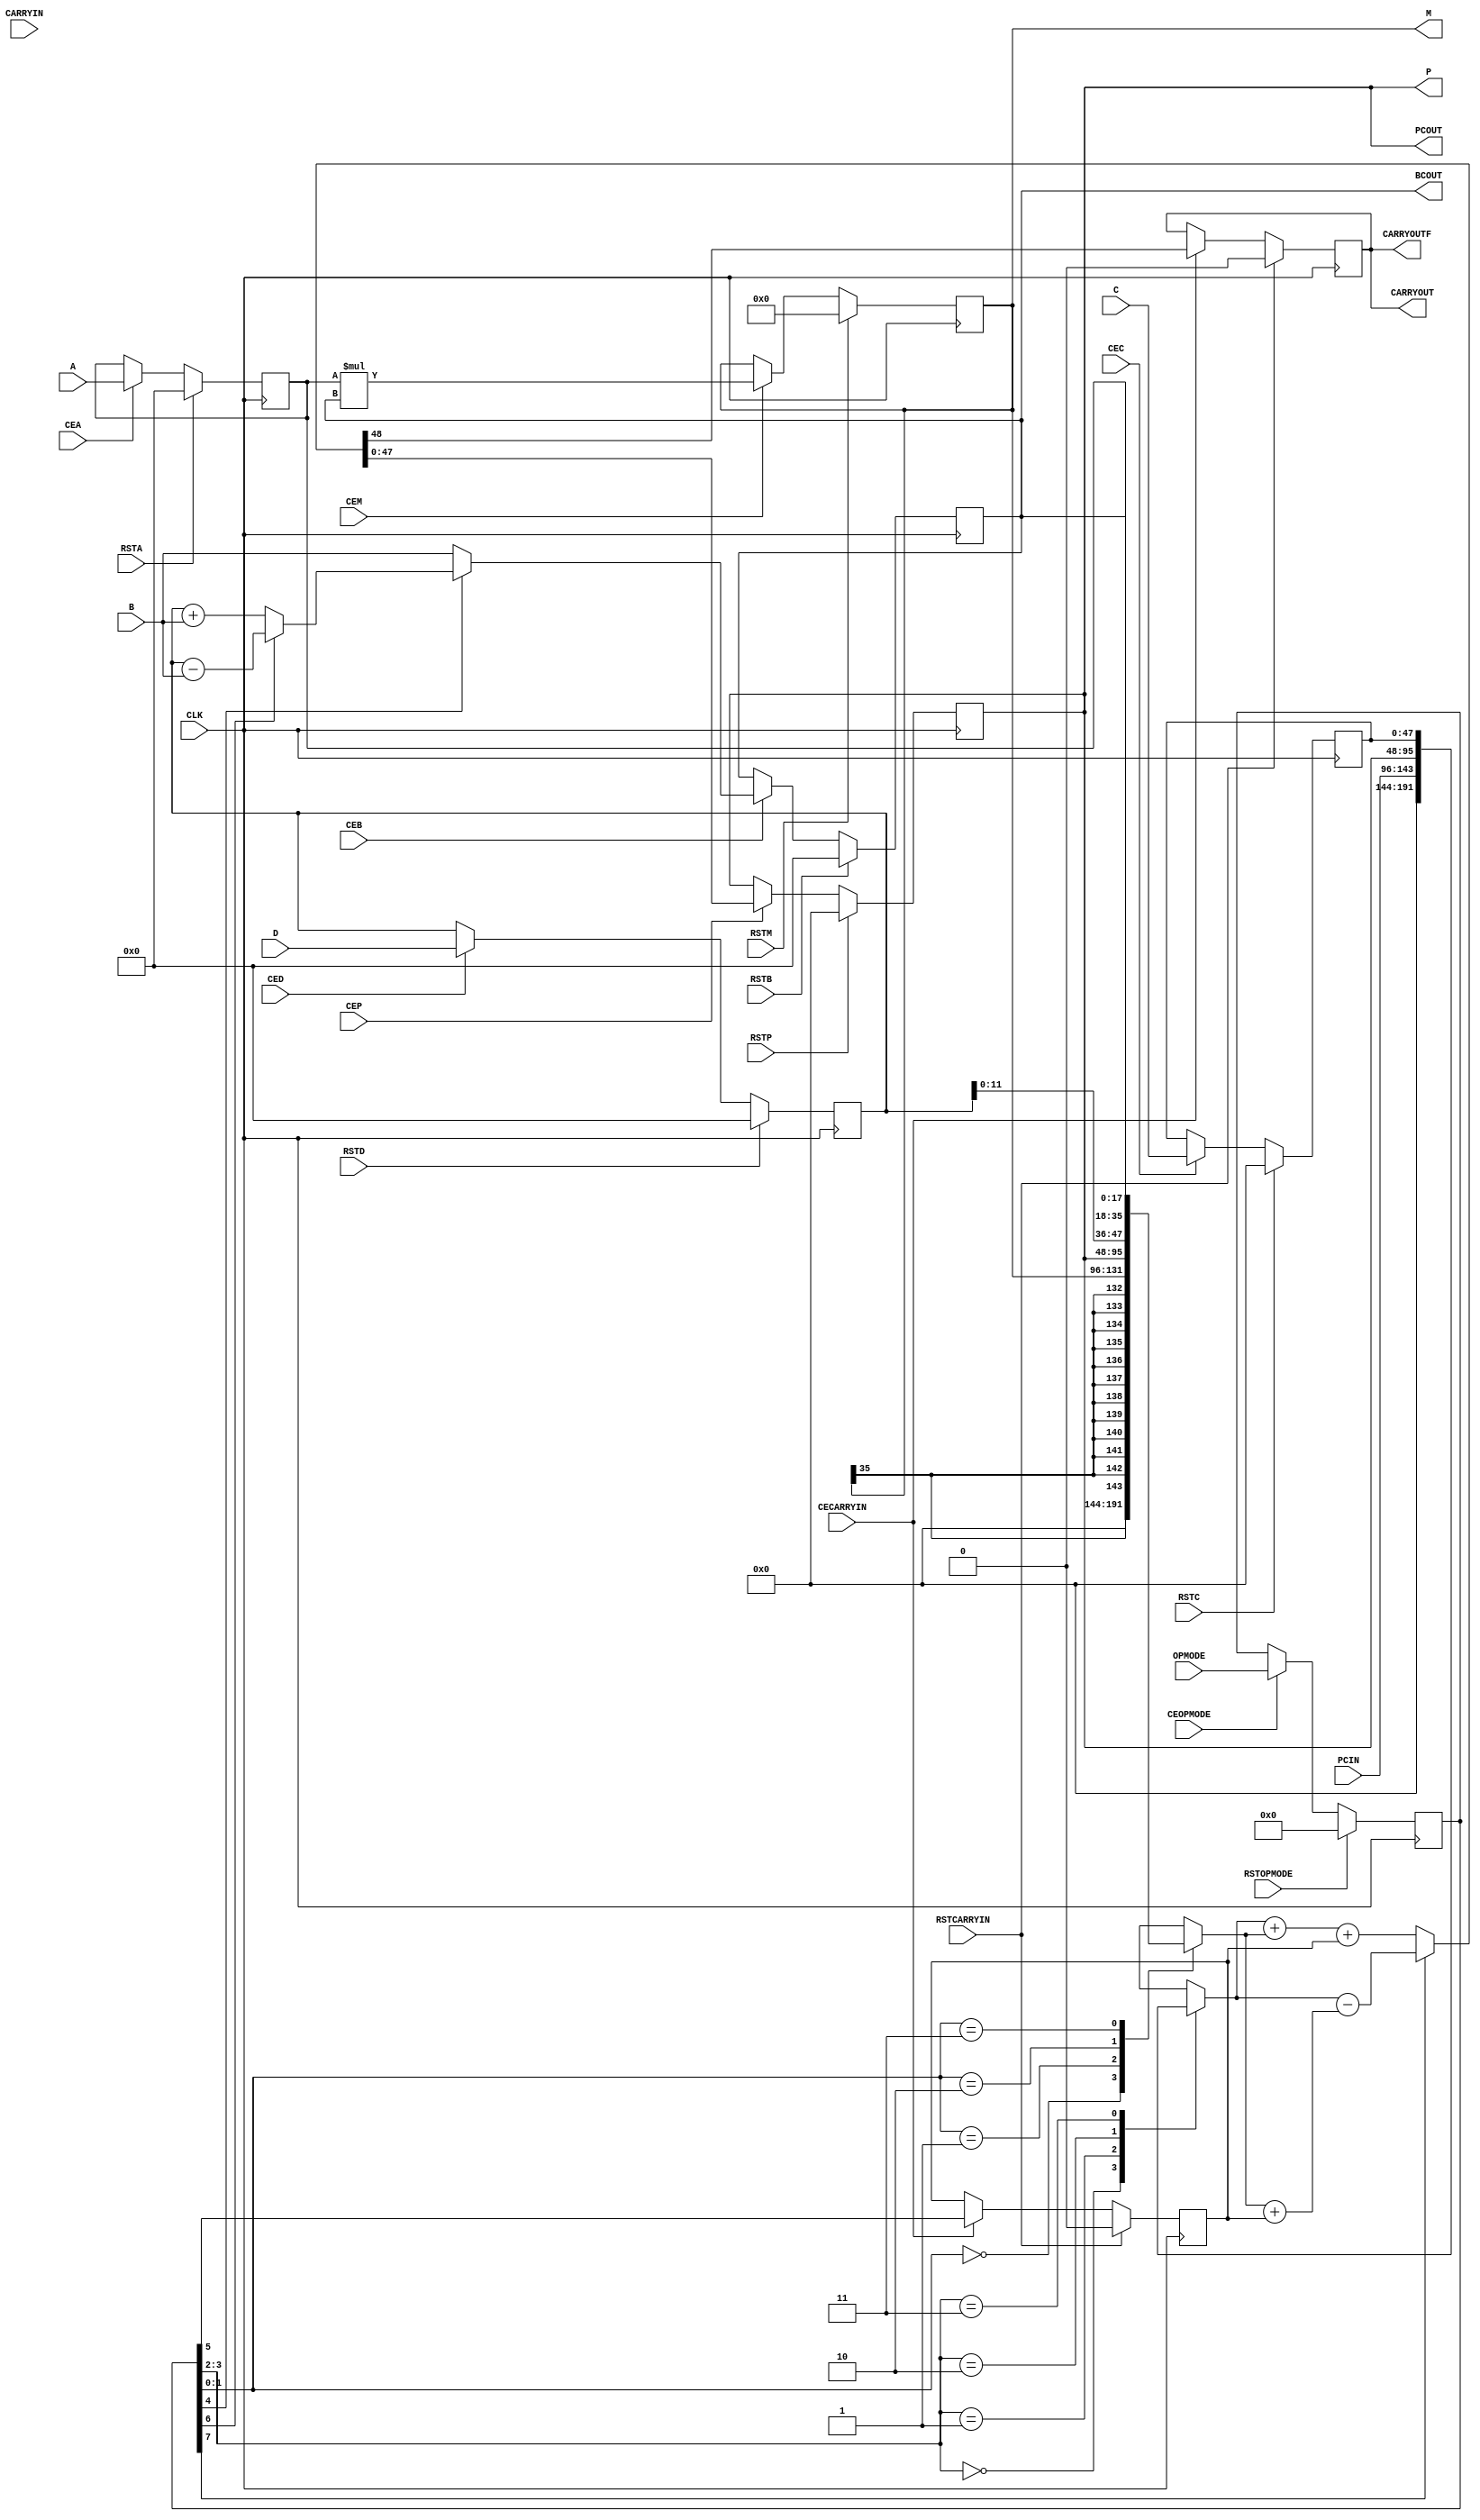
module DSP48A1 (
    input signed [17:0] A,
    input signed [17:0] B,
    input signed [47:0] C,
    input signed [17:0] D,
    input signed [47:0] PCIN,
    input CARRYIN,
    input [7:0] OPMODE,
    output signed [35:0] M,
    output signed [47:0] P,
    output signed [17:0] BCOUT,
    output signed [47:0] PCOUT,
    output CARRYOUT,
    output CARRYOUTF,
    (* clkbuf_sink *)
    input CLK,
    input CEA,
    input CEB,
    input CEC,
    input CED,
    input CEM,
    input CECARRYIN,
    input CEOPMODE,
    input CEP,
    input RSTA,
    input RSTB,
    input RSTC,
    input RSTD,
    input RSTM,
    input RSTCARRYIN,
    input RSTOPMODE,
    input RSTP
);
parameter integer A0REG = 0;
parameter integer A1REG = 1;
parameter integer B0REG = 0;
parameter integer B1REG = 1;
parameter integer CREG = 1;
parameter integer DREG = 1;
parameter integer MREG = 1;
parameter integer CARRYINREG = 1;
parameter integer CARRYOUTREG = 1;
parameter integer OPMODEREG = 1;
parameter integer PREG = 1;
parameter CARRYINSEL = "OPMODE5";
parameter RSTTYPE = "SYNC";
wire signed [35:0] M_MULT;
wire signed [47:0] P_IN;
wire signed [17:0] A0_OUT;
wire signed [17:0] B0_OUT;
wire signed [17:0] A1_OUT;
wire signed [17:0] B1_OUT;
wire signed [17:0] B1_IN;
wire signed [47:0] C_OUT;
wire signed [17:0] D_OUT;
wire signed [7:0] OPMODE_OUT;
wire CARRYIN_OUT;
wire CARRYOUT_IN;
wire CARRYIN_IN;
reg signed [47:0] XMUX;
reg signed [47:0] ZMUX;
// The registers.
reg signed [17:0] A0_REG;
reg signed [17:0] A1_REG;
reg signed [17:0] B0_REG;
reg signed [17:0] B1_REG;
reg signed [47:0] C_REG;
reg signed [17:0] D_REG;
reg signed [35:0] M_REG;
reg signed [47:0] P_REG;
reg [7:0] OPMODE_REG;
reg CARRYIN_REG;
reg CARRYOUT_REG;
initial begin
	A0_REG = 0;
	A1_REG = 0;
	B0_REG = 0;
	B1_REG = 0;
	C_REG = 0;
	D_REG = 0;
	M_REG = 0;
	P_REG = 0;
	OPMODE_REG = 0;
	CARRYIN_REG = 0;
	CARRYOUT_REG = 0;
end
generate
if (RSTTYPE == "SYNC") begin
	always @(posedge CLK) begin
		if (RSTA) begin
			A0_REG <= 0;
			A1_REG <= 0;
		end else if (CEA) begin
			A0_REG <= A;
			A1_REG <= A0_OUT;
		end
	end
	always @(posedge CLK) begin
		if (RSTB) begin
			B0_REG <= 0;
			B1_REG <= 0;
		end else if (CEB) begin
			B0_REG <= B;
			B1_REG <= B1_IN;
		end
	end
	always @(posedge CLK) begin
		if (RSTC) begin
			C_REG <= 0;
		end else if (CEC) begin
			C_REG <= C;
		end
	end
	always @(posedge CLK) begin
		if (RSTD) begin
			D_REG <= 0;
		end else if (CED) begin
			D_REG <= D;
		end
	end
	always @(posedge CLK) begin
		if (RSTM) begin
			M_REG <= 0;
		end else if (CEM) begin
			M_REG <= M_MULT;
		end
	end
	always @(posedge CLK) begin
		if (RSTP) begin
			P_REG <= 0;
		end else if (CEP) begin
			P_REG <= P_IN;
		end
	end
	always @(posedge CLK) begin
		if (RSTOPMODE) begin
			OPMODE_REG <= 0;
		end else if (CEOPMODE) begin
			OPMODE_REG <= OPMODE;
		end
	end
	always @(posedge CLK) begin
		if (RSTCARRYIN) begin
			CARRYIN_REG <= 0;
			CARRYOUT_REG <= 0;
		end else if (CECARRYIN) begin
			CARRYIN_REG <= CARRYIN_IN;
			CARRYOUT_REG <= CARRYOUT_IN;
		end
	end
end else begin
	always @(posedge CLK, posedge RSTA) begin
		if (RSTA) begin
			A0_REG <= 0;
			A1_REG <= 0;
		end else if (CEA) begin
			A0_REG <= A;
			A1_REG <= A0_OUT;
		end
	end
	always @(posedge CLK, posedge RSTB) begin
		if (RSTB) begin
			B0_REG <= 0;
			B1_REG <= 0;
		end else if (CEB) begin
			B0_REG <= B;
			B1_REG <= B1_IN;
		end
	end
	always @(posedge CLK, posedge RSTC) begin
		if (RSTC) begin
			C_REG <= 0;
		end else if (CEC) begin
			C_REG <= C;
		end
	end
	always @(posedge CLK, posedge RSTD) begin
		if (RSTD) begin
			D_REG <= 0;
		end else if (CED) begin
			D_REG <= D;
		end
	end
	always @(posedge CLK, posedge RSTM) begin
		if (RSTM) begin
			M_REG <= 0;
		end else if (CEM) begin
			M_REG <= M_MULT;
		end
	end
	always @(posedge CLK, posedge RSTP) begin
		if (RSTP) begin
			P_REG <= 0;
		end else if (CEP) begin
			P_REG <= P_IN;
		end
	end
	always @(posedge CLK, posedge RSTOPMODE) begin
		if (RSTOPMODE) begin
			OPMODE_REG <= 0;
		end else if (CEOPMODE) begin
			OPMODE_REG <= OPMODE;
		end
	end
	always @(posedge CLK, posedge RSTCARRYIN) begin
		if (RSTCARRYIN) begin
			CARRYIN_REG <= 0;
			CARRYOUT_REG <= 0;
		end else if (CECARRYIN) begin
			CARRYIN_REG <= CARRYIN_IN;
			CARRYOUT_REG <= CARRYOUT_IN;
		end
	end
end
endgenerate
// The register enables.
assign A0_OUT = (A0REG == 1) ? A0_REG : A;
assign A1_OUT = (A1REG == 1) ? A1_REG : A0_OUT;
assign B0_OUT = (B0REG == 1) ? B0_REG : B;
assign B1_OUT = (B1REG == 1) ? B1_REG : B1_IN;
assign C_OUT = (CREG == 1) ? C_REG : C;
assign D_OUT = (DREG == 1) ? D_REG : D;
assign M = (MREG == 1) ? M_REG : M_MULT;
assign P = (PREG == 1) ? P_REG : P_IN;
assign OPMODE_OUT = (OPMODEREG == 1) ? OPMODE_REG : OPMODE;
assign CARRYIN_OUT = (CARRYINREG == 1) ? CARRYIN_REG : CARRYIN_IN;
assign CARRYOUT = (CARRYOUTREG == 1) ? CARRYOUT_REG : CARRYOUT_IN;
assign CARRYOUTF = CARRYOUT;
// The pre-adder.
wire signed [17:0] PREADDER;
assign B1_IN = OPMODE_OUT[4] ? PREADDER : B0_OUT;
assign PREADDER = OPMODE_OUT[6] ? D_OUT - B0_OUT : D_OUT + B0_OUT;
// The multiplier.
assign M_MULT = A1_OUT * B1_OUT;
// The carry in selection.
assign CARRYIN_IN = (CARRYINSEL == "OPMODE5") ? OPMODE_OUT[5] : CARRYIN;
// The post-adder inputs.
always @* begin
	case (OPMODE_OUT[1:0])
		2'b00: XMUX <= 0;
		2'b01: XMUX <= M;
		2'b10: XMUX <= P;
		2'b11: XMUX <= {D_OUT[11:0], A1_OUT, B1_OUT};
		default: XMUX <= 48'hxxxxxxxxxxxx;
	endcase
end
always @* begin
	case (OPMODE_OUT[3:2])
		2'b00: ZMUX <= 0;
		2'b01: ZMUX <= PCIN;
		2'b10: ZMUX <= P;
		2'b11: ZMUX <= C_OUT;
		default: ZMUX <= 48'hxxxxxxxxxxxx;
	endcase
end
// The post-adder.
wire signed [48:0] X_EXT;
wire signed [48:0] Z_EXT;
assign X_EXT = {1'b0, XMUX};
assign Z_EXT = {1'b0, ZMUX};
assign {CARRYOUT_IN, P_IN} = OPMODE_OUT[7] ? (Z_EXT - (X_EXT + CARRYIN_OUT)) : (Z_EXT + X_EXT + CARRYIN_OUT);
// Cascade outputs.
assign BCOUT = B1_OUT;
assign PCOUT = P;
endmodule